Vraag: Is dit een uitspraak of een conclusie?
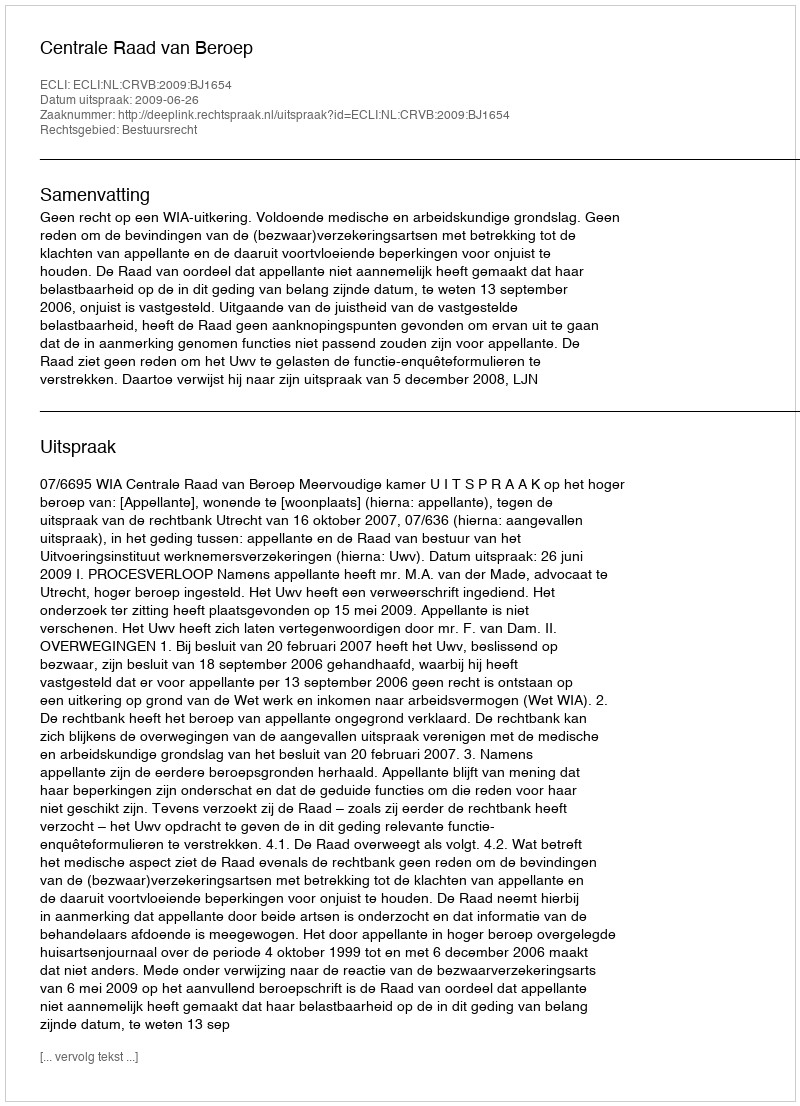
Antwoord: Uitspraak